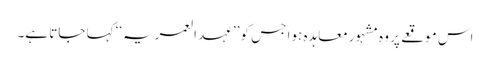
اس موقعے پر وہ مشہور معاہدہ ہوا جس کو ’’عہد العمریہ‘‘ کہا جاتا ہے۔